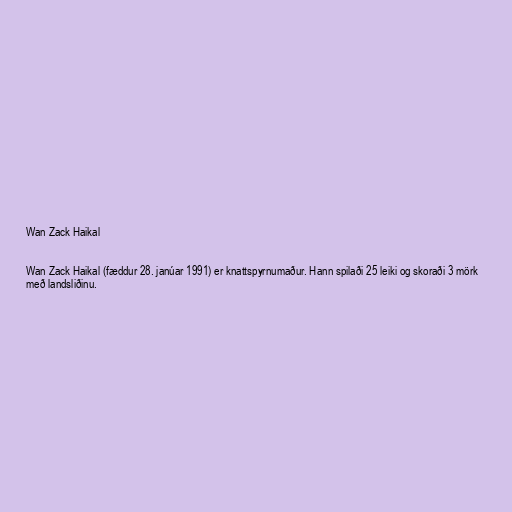
Wan Zack Haikal

Wan Zack Haikal (fæddur 28. janúar 1991) er knattspyrnumaður. Hann spilaði 25 leiki og skoraði 3 mörk
með landsliðinu.